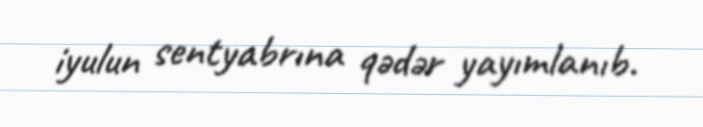
iyulun sentyabrına qədər yayımlanıb.